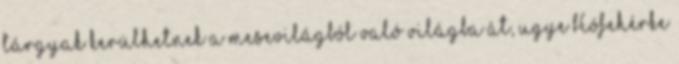
tárgyak kerülhetnek a mesevilágból való világba át, ugye Hófehérke